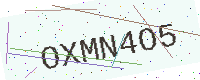
Text: OXMN4O5